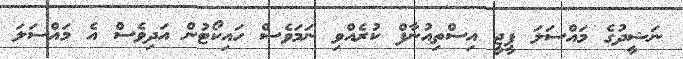
ނަޝީދުގެ މައްސަލަ ޕީޖީ އިސްތިއުނާފް ކުރެއްވި ނަމަވެސް ހައިކޯޓުން އަދިވެސް އެ މައްސަލަ